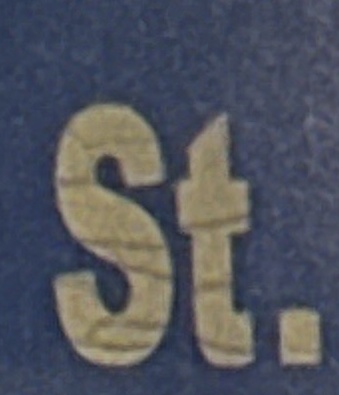
St.